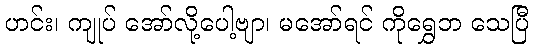
ဟင်း၊ ကျုပ် အော်လို့ပေါ့ဗျာ၊ မအော်ရင် ကိုရွှေဘ သေပြီ